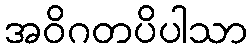
အဝိဂတပိပါသာ